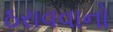
ઠરાવવાનો